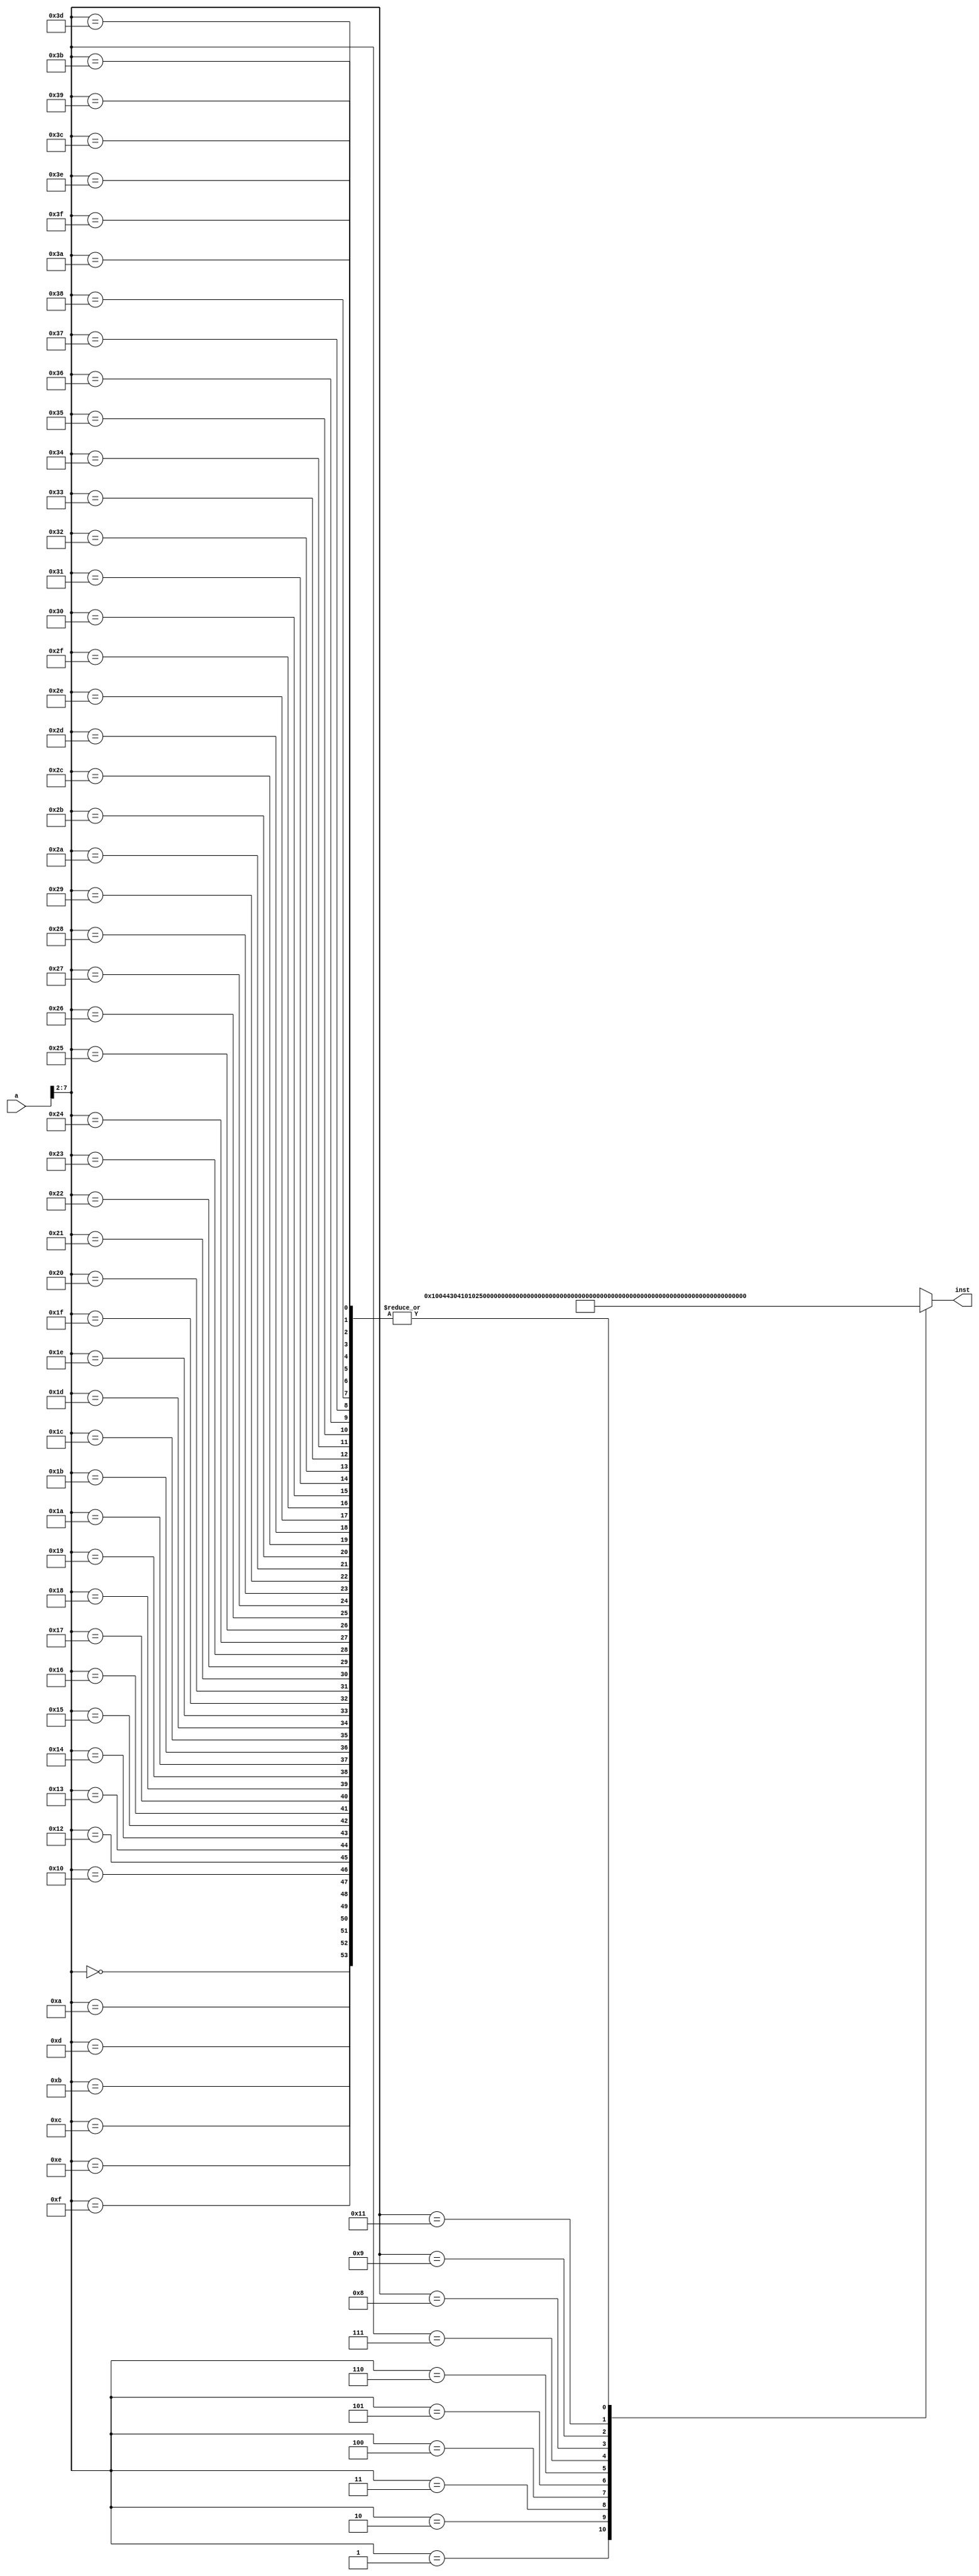
//////////////////////////////////////////////////////////////////////////////////
// Company: 
// Engineer: 
// 
// Design Name: 
// Module Name:    Inst_ROM 
// Project Name: 
// Target Devices: 
// Tool versions: 
// Description: 
//
// Dependencies: 
//
// Revision: 
// Revision 0.01 - File Created
// Additional Comments: 
//
//////////////////////////////////////////////////////////////////////////////////
module Inst_ROM(a,inst
    );
	 input [31:0] a;
	 output [31:0] inst;
	 wire [31:0] rom [0:63];
	 
	 assign rom[6'h00]=32'h00000000;//nop
	 assign rom[6'h01]=32'b00000000000100000000010001000011;//add r1, r2, r3;   r1=5
	 assign rom[6'h02]=32'b00000100000100000001000000100101;//and r4, r1, r5;   r4=5
	 assign rom[6'h03]=32'b00000100001000000001100011100001;//or r6, r7, r1;    r6=7
	 assign rom[6'h04]=32'b00010100000000000010100000101000;//addi r8, r1, 0x000a;  r8=0x000F
	 assign rom[6'h05]=32'b00110111111111111101010100000001;//load r1, 0xfff5(r8); r1=1, addr=alu_r=4 
	 //assign rom[6'h06]=32'b00111100000000000010100000101000;//beq r1, r8, 0x000A addr=(7+A)*4=0x44;
	 assign rom[6'h06]=32'b01000000000000000010100000101000;//bne r1, r8, 0x000A addr=(7+A)*4=0x44;
	 assign rom[6'h07]=32'b00001000001100010010010000000001;//sll, r9, r1, 0x02; r9=4
	 assign rom[6'h08]=32'b00111000000000001001110000101001;//store r9, 0x0027(r1), result=28
	 assign rom[6'h09]=32'b01001000000000000000000000000100;//jump 0x4
	 assign rom[6'h0A]=32'h00000000;
	 assign rom[6'h0B]=32'h00000000;
	 assign rom[6'h0C]=32'h00000000;
	 assign rom[6'h0D]=32'h00000000;
	 assign rom[6'h0E]=32'h00000000;
	 assign rom[6'h0F]=32'h00000000;
	 assign rom[6'h10]=32'h00000000;
	 assign rom[6'h11]=32'b01001000000000000000000000000111;
	 assign rom[6'h12]=32'h00000000;
	 assign rom[6'h13]=32'h00000000;
	 assign rom[6'h14]=32'h00000000;
	 assign rom[6'h15]=32'h00000000;
	 assign rom[6'h16]=32'h00000000;
	 assign rom[6'h17]=32'h00000000;
	 assign rom[6'h18]=32'h00000000;
	 assign rom[6'h19]=32'h00000000;
	 assign rom[6'h1A]=32'h00000000;
	 assign rom[6'h1B]=32'h00000000;
	 assign rom[6'h1C]=32'h00000000;
	 assign rom[6'h1D]=32'h00000000;
	 assign rom[6'h1E]=32'h00000000;
	 assign rom[6'h1F]=32'h00000000;
	 assign rom[6'h20]=32'h00000000;
	 assign rom[6'h21]=32'h00000000;
	 assign rom[6'h22]=32'h00000000;
	 
	 assign rom[6'h23]=32'h00000000;
	 assign rom[6'h24]=32'h00000000;
	 assign rom[6'h25]=32'h00000000;
	 assign rom[6'h26]=32'h00000000;
	 assign rom[6'h27]=32'h00000000;
	 assign rom[6'h28]=32'h00000000;
	 assign rom[6'h29]=32'h00000000;
	 assign rom[6'h2A]=32'h00000000;
	 assign rom[6'h2B]=32'h00000000;
	 assign rom[6'h2C]=32'h00000000;
	 assign rom[6'h2D]=32'h00000000;
	 assign rom[6'h2E]=32'h00000000;
	 assign rom[6'h2F]=32'h00000000;
	 assign rom[6'h30]=32'h00000000;
	 assign rom[6'h31]=32'h00000000;
	 assign rom[6'h32]=32'h00000000;
	 assign rom[6'h33]=32'h00000000;
	 assign rom[6'h34]=32'h00000000;
	 assign rom[6'h35]=32'h00000000;
	 assign rom[6'h36]=32'h00000000;
	 assign rom[6'h37]=32'h00000000;
	 assign rom[6'h38]=32'h00000000;
	 assign rom[6'h39]=32'h00000000;
	 assign rom[6'h3A]=32'h00000000;
	 assign rom[6'h3B]=32'h00000000;
	 assign rom[6'h3C]=32'h00000000;
	 assign rom[6'h3D]=32'h00000000;
	 assign rom[6'h3E]=32'h00000000;
	 assign rom[6'h3F]=32'h00000000;
	 
	 assign inst=rom[a[7:2]];
endmodule